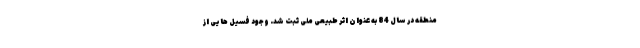
منطقه در سال 84 به عنوان اثر طبیعی ملی ثبت شد. وجود فسیل ‌هایی از